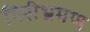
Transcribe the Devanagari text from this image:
गिरीभ्रमण